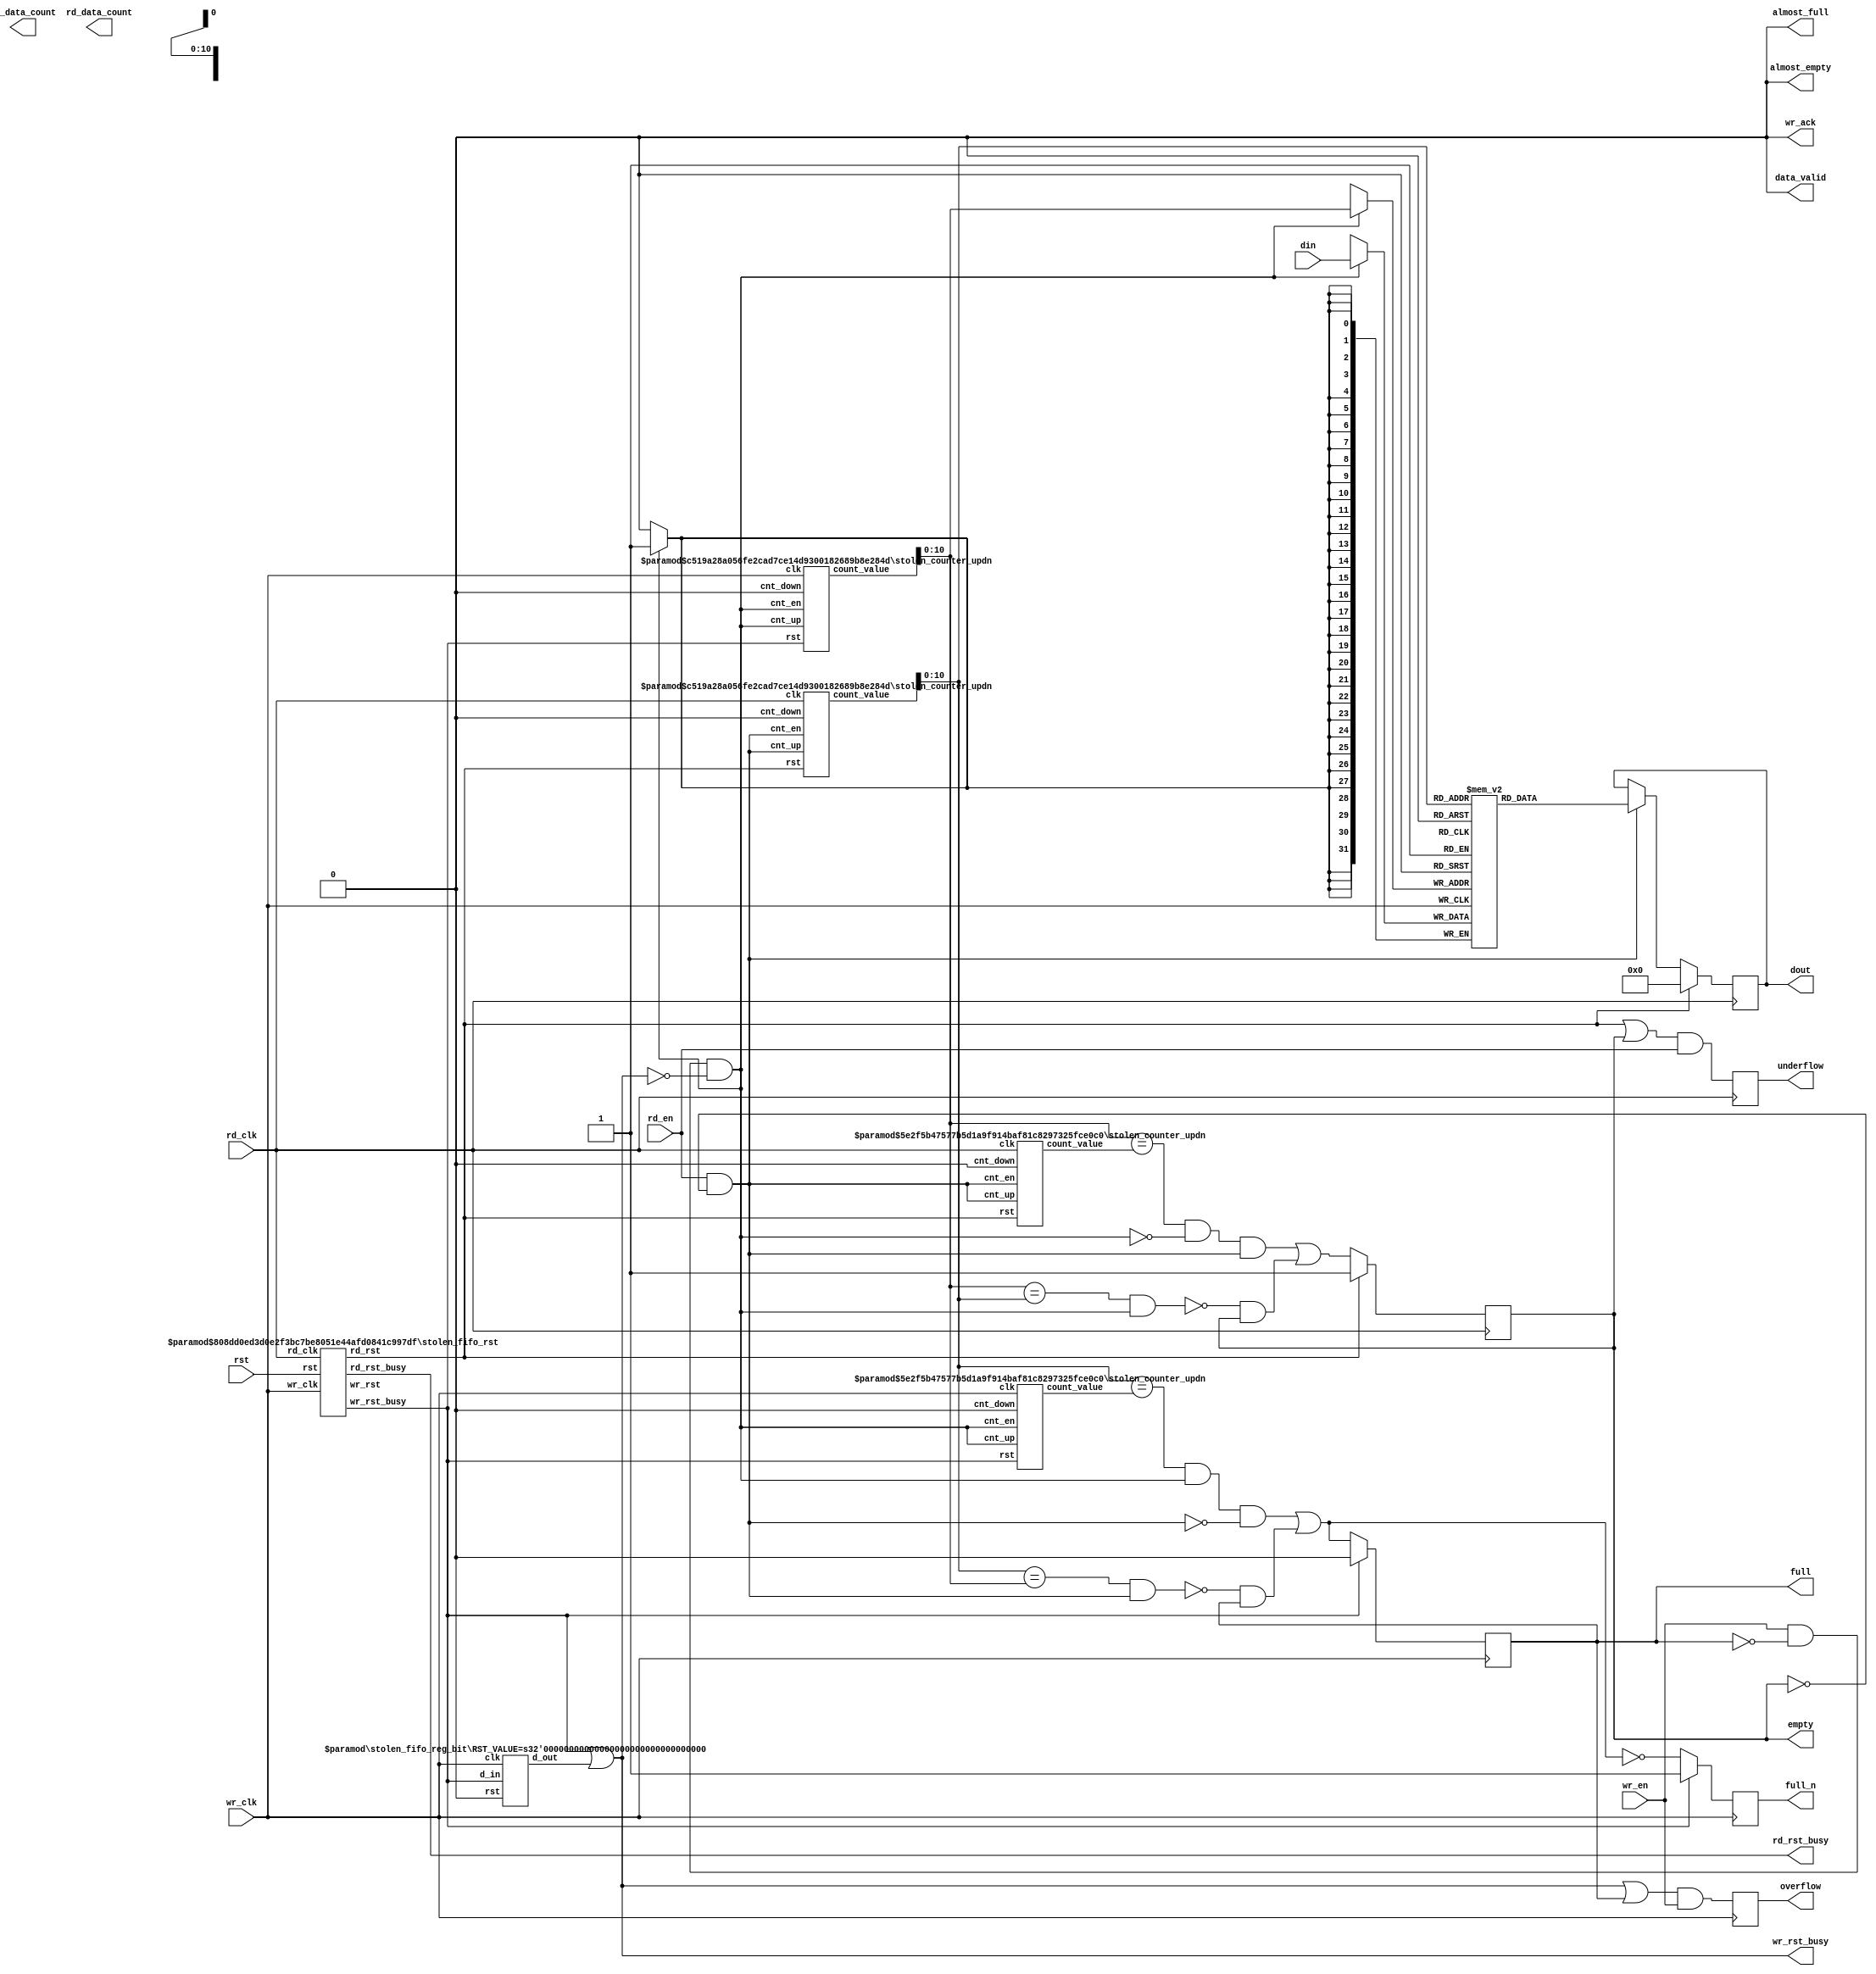
module stolen_fifo_base # (

  // Common module parameters
  parameter integer                 COMMON_CLOCK         = 1,
  parameter integer                 RELATED_CLOCKS       = 0,
  parameter integer                 FIFO_MEMORY_TYPE     = 0,
  parameter integer                 SIM_ASSERT_CHK       = 0,
  parameter integer                 CASCADE_HEIGHT       = 0,

  parameter integer                 FIFO_WRITE_DEPTH     = 2048,
  parameter integer                 WRITE_DATA_WIDTH     = 32,
  parameter integer                 WR_DATA_COUNT_WIDTH  = 12,
  parameter [15:0]                  USE_ADV_FEATURES     = 16'h0707,

  parameter                         READ_MODE            = 0,
  parameter                         FIFO_READ_LATENCY    = 1,
  parameter integer                 READ_DATA_WIDTH      = WRITE_DATA_WIDTH,
  parameter integer                 RD_DATA_COUNT_WIDTH  = 12,
  parameter integer                 CDC_DEST_SYNC_FF     = 2,
  parameter integer                 FULL_RESET_VALUE     = 0,
  parameter integer                 REMOVE_WR_RD_PROT_LOGIC = 0,

  parameter integer                 VERSION              = 1,
  parameter integer                 C_SELECT_XPM         = 1

) (

  // Common module ports
  input  wire                                rst,

  // Write Domain ports
  input  wire                                wr_clk,
  input  wire                                wr_en,
  input  wire [WRITE_DATA_WIDTH-1:0]         din,
  output wire                                full,
  output wire                                full_n,
  output wire [WR_DATA_COUNT_WIDTH-1:0]      wr_data_count,
  output wire                                overflow,
  output wire                                wr_rst_busy,
  output wire                                almost_full,
  output wire                                wr_ack,

  // Read Domain ports
  input  wire                                rd_clk,
  input  wire                                rd_en,
  output wire [READ_DATA_WIDTH-1:0]          dout,
  output wire                                empty,
  output wire [RD_DATA_COUNT_WIDTH-1:0]      rd_data_count,
  output wire                                underflow,
  output wire                                rd_rst_busy,
  output wire                                almost_empty,
  output wire                                data_valid

);

  localparam invalid             = 0;
  localparam stage1_valid        = 2;
  localparam stage2_valid        = 1;
  localparam both_stages_valid   = 3;

  reg  [1:0] curr_fwft_state;
  reg  [1:0] next_fwft_state;// = invalid;



  localparam FIFO_MEM_TYPE   = FIFO_MEMORY_TYPE;
  localparam RD_MODE         = READ_MODE;
  localparam FIFO_READ_DEPTH = FIFO_WRITE_DEPTH*WRITE_DATA_WIDTH/READ_DATA_WIDTH;
  localparam FIFO_SIZE       = FIFO_WRITE_DEPTH*WRITE_DATA_WIDTH;
  localparam WR_PNTR_WIDTH   = $clog2(FIFO_WRITE_DEPTH);
  localparam RD_PNTR_WIDTH   = $clog2(FIFO_READ_DEPTH);
  localparam FULL_RST_VAL    = FULL_RESET_VALUE == 0 ? 1'b0 : 1'b1;
  localparam WR_RD_RATIO     = (WR_PNTR_WIDTH > RD_PNTR_WIDTH) ? (WR_PNTR_WIDTH-RD_PNTR_WIDTH) : 0;
  localparam READ_MODE_LL    = (READ_MODE == 0) ? 0 : 1;

  localparam RD_LATENCY      = (READ_MODE == 2) ? 1 : (READ_MODE == 1) ? 2 : FIFO_READ_LATENCY;
  localparam WIDTH_RATIO     = (READ_DATA_WIDTH > WRITE_DATA_WIDTH) ? (READ_DATA_WIDTH/WRITE_DATA_WIDTH) : (WRITE_DATA_WIDTH/READ_DATA_WIDTH);

  localparam [15:0] EN_ADV_FEATURE = USE_ADV_FEATURES;

  localparam EN_OF           = EN_ADV_FEATURE[0];  //EN_ADV_FLAGS_WR[0] ? 1 : 0;
  localparam EN_WDC          = EN_ADV_FEATURE[2];  //EN_ADV_FLAGS_WR[2] ? 1 : 0;
  localparam EN_AF           = EN_ADV_FEATURE[3];  //EN_ADV_FLAGS_WR[3] ? 1 : 0;
  localparam EN_WACK         = EN_ADV_FEATURE[4];  //EN_ADV_FLAGS_WR[4] ? 1 : 0;
  localparam FG_EQ_ASYM_DOUT = EN_ADV_FEATURE[5];  //EN_ADV_FLAGS_WR[5] ? 1 : 0;
  localparam EN_UF           = EN_ADV_FEATURE[8];  //EN_ADV_FLAGS_RD[0] ? 1 : 0;
  localparam EN_RDC          = EN_ADV_FEATURE[10]; //EN_ADV_FLAGS_RD[2] ? 1 : 0;
  localparam EN_AE           = EN_ADV_FEATURE[11]; //EN_ADV_FLAGS_RD[3] ? 1 : 0;
  localparam EN_DVLD         = EN_ADV_FEATURE[12]; //EN_ADV_FLAGS_RD[4] ? 1 : 0;

  wire                       wrst_busy;
  wire [WR_PNTR_WIDTH-1:0]   wr_pntr;
  wire [WR_PNTR_WIDTH:0]     wr_pntr_ext;
  wire [WR_PNTR_WIDTH-1:0]   wr_pntr_rd_cdc;
  wire [WR_PNTR_WIDTH:0]     wr_pntr_rd_cdc_dc;
  wire [WR_PNTR_WIDTH-1:0]   wr_pntr_rd;
  wire [WR_PNTR_WIDTH:0]     wr_pntr_rd_dc;
  wire [WR_PNTR_WIDTH-1:0]   rd_pntr_wr_adj;
  wire [WR_PNTR_WIDTH:0]     rd_pntr_wr_adj_dc;
  wire [WR_PNTR_WIDTH-1:0]   wr_pntr_plus1;
  wire [WR_PNTR_WIDTH-1:0]   wr_pntr_plus2;
  wire [WR_PNTR_WIDTH-1:0]   wr_pntr_plus3;
  wire [WR_PNTR_WIDTH:0]     wr_pntr_plus1_pf;
  wire [WR_PNTR_WIDTH:0]     rd_pntr_wr_adj_inv_pf;
  reg  [WR_PNTR_WIDTH:0]     diff_pntr_pf_q;
  wire [WR_PNTR_WIDTH-1:0]   diff_pntr_pf;
  wire [RD_PNTR_WIDTH-1:0]   rd_pntr;
  wire [RD_PNTR_WIDTH:0]     rd_pntr_ext;
  wire [RD_PNTR_WIDTH-1:0]   rd_pntr_wr_cdc;
  wire [RD_PNTR_WIDTH-1:0]   rd_pntr_wr;
  wire [RD_PNTR_WIDTH:0]     rd_pntr_wr_cdc_dc;
  wire [RD_PNTR_WIDTH:0]     rd_pntr_wr_dc;
  wire [RD_PNTR_WIDTH-1:0]   wr_pntr_rd_adj;
  wire [RD_PNTR_WIDTH:0]     wr_pntr_rd_adj_dc;
  wire [RD_PNTR_WIDTH-1:0]   rd_pntr_plus1;
  wire [RD_PNTR_WIDTH-1:0]   rd_pntr_plus2;
  wire                       invalid_state;
  wire                       valid_fwft;
  wire                       ram_valid_fwft;
  wire                       going_empty;
  wire                       leaving_empty;
  wire                       going_aempty;
  wire                       leaving_aempty;
  reg                        ram_empty_i;
  reg                        ram_aempty_i;
  wire                       empty_i;
  wire                       going_full;
  wire                       leaving_full;
  wire                       going_afull;
  wire                       leaving_afull;
  reg                        prog_full_i;
  reg                        ram_full_i;
  reg                        ram_afull_i;
  reg                        ram_full_n;
  wire                       ram_wr_en_i;
  wire                       ram_rd_en_i;
  reg                        wr_ack_i;
  wire                       rd_en_i;
  reg                        rd_en_fwft;
  wire                       ram_regce;
  wire                       ram_regce_pipe;
  wire [READ_DATA_WIDTH-1:0] dout_i;
  reg                        empty_fwft_i;
  reg                        aempty_fwft_i;
  reg                        empty_fwft_fb;
  reg                        overflow_i;
  reg                        underflow_i;
  reg                        data_valid_fwft;
  reg                        data_valid_std;
  wire                       data_vld_std;
  wire                       wrp_gt_rdp_and_red;
  wire                       wrp_lt_rdp_and_red;
  reg                        ram_wr_en_pf_q;
  reg                        ram_rd_en_pf_q;
  wire                       ram_wr_en_pf;
  wire                       ram_rd_en_pf;
  wire                       wr_pntr_plus1_pf_carry;
  wire                       rd_pntr_wr_adj_pf_carry;
  wire                       write_allow;
  wire                       read_allow;
  wire                       read_only;
  wire                       write_only;
  reg                        write_only_q;
  reg                        read_only_q;
  reg [RD_PNTR_WIDTH-1:0]    diff_pntr_pe_reg1;
  reg [RD_PNTR_WIDTH-1:0]    diff_pntr_pe_reg2;
  reg [RD_PNTR_WIDTH-1:0]    diff_pntr_pe;
  reg                        ram_empty_i_d1;
  wire                       fe_of_empty;

  wire wr_en_i;
  wire wr_rst_i;
  wire rd_rst_i;
  reg  rd_rst_d2;
  wire rst_d1;
  wire rst_d2;
  wire clr_full;
  wire empty_fwft_d1;
  wire leaving_empty_fwft_fe;
  wire leaving_empty_fwft_re;
  wire le_fwft_re;
  wire le_fwft_fe;
  wire [1:0] extra_words_fwft;
  wire le_fwft_re_wr;
  wire le_fwft_fe_wr;

  generate

  stolen_fifo_rst # (COMMON_CLOCK, CDC_DEST_SYNC_FF, SIM_ASSERT_CHK)
    stolen_fifo_rst_inst (rst, wr_clk, rd_clk, wr_rst_i, rd_rst_i, wrst_busy, rd_rst_busy);
  assign wr_rst_busy = wrst_busy | rst_d1;

  stolen_fifo_reg_bit #(0)
    rst_d1_inst (1'b0, wr_clk, wrst_busy, rst_d1);
  stolen_fifo_reg_bit #(0)
    rst_d2_inst (1'b0, wr_clk, rst_d1, rst_d2);

  assign clr_full = ~wrst_busy & rst_d1 & ~rst;
  assign rd_en_i = (RD_MODE == 0) ? rd_en : rd_en_fwft;

  if (REMOVE_WR_RD_PROT_LOGIC == 1) begin
    assign ram_wr_en_i = wr_en;
    assign ram_rd_en_i = rd_en_i;
  end
  else begin
    assign ram_wr_en_i = wr_en & ~ram_full_i & ~(wrst_busy|rst_d1);
    assign ram_rd_en_i = rd_en_i & ~ram_empty_i;
  end

  // Write pointer generation
  stolen_counter_updn # (WR_PNTR_WIDTH+1, 0)
    wrp_inst (wrst_busy, wr_clk, ram_wr_en_i, ram_wr_en_i, 1'b0, wr_pntr_ext);
  assign wr_pntr = wr_pntr_ext[WR_PNTR_WIDTH-1:0];

  stolen_counter_updn # (WR_PNTR_WIDTH, 1)
    wrpp1_inst (wrst_busy, wr_clk, ram_wr_en_i, ram_wr_en_i, 1'b0, wr_pntr_plus1);

  stolen_counter_updn # (WR_PNTR_WIDTH, 2)
    wrpp2_inst (wrst_busy, wr_clk, ram_wr_en_i, ram_wr_en_i, 1'b0, wr_pntr_plus2);

  if (EN_AF == 1) begin
    stolen_counter_updn # (WR_PNTR_WIDTH, 3)
      wrpp3_inst (wrst_busy, wr_clk, ram_wr_en_i, ram_wr_en_i, 1'b0, wr_pntr_plus3);
  end

  // Read pointer generation
  stolen_counter_updn # (RD_PNTR_WIDTH+1, 0)
    rdp_inst (rd_rst_i, rd_clk, ram_rd_en_i, ram_rd_en_i, 1'b0, rd_pntr_ext);
  assign rd_pntr = rd_pntr_ext[RD_PNTR_WIDTH-1:0];

  stolen_counter_updn # (RD_PNTR_WIDTH, 1)
    rdpp1_inst (rd_rst_i, rd_clk, ram_rd_en_i, ram_rd_en_i, 1'b0, rd_pntr_plus1);

  if (EN_AE == 1) begin
    stolen_counter_updn # (RD_PNTR_WIDTH, 2)
      rdpp2_inst (rd_rst_i, rd_clk, ram_rd_en_i, ram_rd_en_i, 1'b0, rd_pntr_plus2);
  end

  assign full        = ram_full_i;
  assign full_n      = ram_full_n;
  assign almost_full = EN_AF == 1 ? ram_afull_i : 1'b0;
  assign wr_ack      = EN_WACK == 1 ? wr_ack_i : 1'b0;
  if (EN_WACK == 1) begin
    always @ (posedge wr_clk) begin
      if (rst | wr_rst_i | wrst_busy)
        wr_ack_i  <= 1'b0;
      else
        wr_ack_i  <= ram_wr_en_i;
    end
  end
  
  assign empty_i = (RD_MODE == 0)? ram_empty_i : empty_fwft_i;
  assign empty   = empty_i;
  assign almost_empty = EN_AE == 1 ? (RD_MODE == 0) ? ram_aempty_i : aempty_fwft_i : 1'b0;
  
  assign data_valid   = EN_DVLD == 1 ? (RD_MODE == 0) ? data_valid_std : data_valid_fwft : 1'b0;
  if (EN_DVLD == 1) begin
    assign data_vld_std = (RD_MODE == 0) ? (FIFO_READ_LATENCY == 1) ? ram_rd_en_i: ram_regce_pipe : ram_regce;
    always @ (posedge rd_clk) begin
      if (rd_rst_i)
        data_valid_std  <= 1'b0;
      else
        data_valid_std  <= data_vld_std;
    end
  end

  // Simple dual port RAM instantiation for non-Built-in FIFO
  if (FIFO_MEMORY_TYPE < 4) begin

  // Reset is not supported when ECC is enabled by the BRAM/URAM primitives
    wire rst_int;
    assign rst_int = rd_rst_i;
  // ----------------------------------------------------------------------
  // Base module instantiation with simple dual port RAM configuration
  // ----------------------------------------------------------------------
  localparam USE_DRAM_CONSTRAINT = (COMMON_CLOCK == 0 && FIFO_MEMORY_TYPE == 1) ? 1 : 0;
  localparam WR_MODE_B           = (FIFO_MEMORY_TYPE == 1 || FIFO_MEMORY_TYPE == 3) ? 1 : 2;
  
      reg [READ_DATA_WIDTH-1:0] stolen_fifo_mem [0:FIFO_WRITE_DEPTH-1];
      
      always @(posedge wr_clk) begin
          if (ram_wr_en_i)
            stolen_fifo_mem[wr_pntr] <= din;
      end

      reg [READ_DATA_WIDTH-1:0] rd_tmp_reg;
      always @(posedge rd_clk) begin
          if (rd_rst_i)
            rd_tmp_reg <= {READ_DATA_WIDTH{1'b0}};
          else if (ram_rd_en_i)
            rd_tmp_reg <= stolen_fifo_mem[rd_pntr];
      end

      assign dout_i = rd_tmp_reg;
  end

  if (WR_PNTR_WIDTH == RD_PNTR_WIDTH) begin
    assign wr_pntr_rd_adj    = wr_pntr_rd[WR_PNTR_WIDTH-1:WR_PNTR_WIDTH-RD_PNTR_WIDTH];
    assign wr_pntr_rd_adj_dc = wr_pntr_rd_dc[WR_PNTR_WIDTH:WR_PNTR_WIDTH-RD_PNTR_WIDTH];
    assign rd_pntr_wr_adj    = rd_pntr_wr[RD_PNTR_WIDTH-1:RD_PNTR_WIDTH-WR_PNTR_WIDTH];
    assign rd_pntr_wr_adj_dc = rd_pntr_wr_dc[RD_PNTR_WIDTH:RD_PNTR_WIDTH-WR_PNTR_WIDTH];
  end

  if (WR_PNTR_WIDTH > RD_PNTR_WIDTH) begin
    assign wr_pntr_rd_adj = wr_pntr_rd[WR_PNTR_WIDTH-1:WR_PNTR_WIDTH-RD_PNTR_WIDTH];
    assign wr_pntr_rd_adj_dc = wr_pntr_rd_dc[WR_PNTR_WIDTH:WR_PNTR_WIDTH-RD_PNTR_WIDTH];
    assign rd_pntr_wr_adj[WR_PNTR_WIDTH-1:WR_PNTR_WIDTH-RD_PNTR_WIDTH] = rd_pntr_wr;
    assign rd_pntr_wr_adj[WR_PNTR_WIDTH-RD_PNTR_WIDTH-1:0] = {(WR_PNTR_WIDTH-RD_PNTR_WIDTH){1'b0}};
    assign rd_pntr_wr_adj_dc[WR_PNTR_WIDTH:WR_PNTR_WIDTH-RD_PNTR_WIDTH] = rd_pntr_wr_dc;
    assign rd_pntr_wr_adj_dc[WR_PNTR_WIDTH-RD_PNTR_WIDTH-1:0] = {(WR_PNTR_WIDTH-RD_PNTR_WIDTH){1'b0}};
  end

  if (WR_PNTR_WIDTH < RD_PNTR_WIDTH) begin
    assign wr_pntr_rd_adj[RD_PNTR_WIDTH-1:RD_PNTR_WIDTH-WR_PNTR_WIDTH] = wr_pntr_rd;
    assign wr_pntr_rd_adj[RD_PNTR_WIDTH-WR_PNTR_WIDTH-1:0] = {(RD_PNTR_WIDTH-WR_PNTR_WIDTH){1'b0}};
    assign wr_pntr_rd_adj_dc[RD_PNTR_WIDTH:RD_PNTR_WIDTH-WR_PNTR_WIDTH] = wr_pntr_rd_dc;
    assign wr_pntr_rd_adj_dc[RD_PNTR_WIDTH-WR_PNTR_WIDTH-1:0] = {(RD_PNTR_WIDTH-WR_PNTR_WIDTH){1'b0}};
    assign rd_pntr_wr_adj = rd_pntr_wr[RD_PNTR_WIDTH-1:RD_PNTR_WIDTH-WR_PNTR_WIDTH];
    assign rd_pntr_wr_adj_dc = rd_pntr_wr_dc[RD_PNTR_WIDTH:RD_PNTR_WIDTH-WR_PNTR_WIDTH];
  end

  if (COMMON_CLOCK == 0 && RELATED_CLOCKS == 0) begin
    // Synchronize the write pointer in rd_clk domain
    stolen_cdc_gray #(
      .DEST_SYNC_FF          (CDC_DEST_SYNC_FF),
      .INIT_SYNC_FF          (1),
      .WIDTH                 (WR_PNTR_WIDTH))
      
      wr_pntr_cdc_inst (
        .src_clk             (wr_clk),
        .src_in_bin          (wr_pntr),
        .dest_clk            (rd_clk),
        .dest_out_bin        (wr_pntr_rd_cdc));

    // Register the output of XPM_CDC_GRAY on read side
    stolen_fifo_reg_vec #(WR_PNTR_WIDTH)
      wpr_gray_reg (rd_rst_i, rd_clk, wr_pntr_rd_cdc, wr_pntr_rd);

    // Synchronize the extended write pointer in rd_clk domain
    stolen_cdc_gray #(
      .DEST_SYNC_FF          (READ_MODE == 0 ? CDC_DEST_SYNC_FF : CDC_DEST_SYNC_FF+2),
      .INIT_SYNC_FF          (1),
      .WIDTH                 (WR_PNTR_WIDTH+1))
      wr_pntr_cdc_dc_inst (
        .src_clk             (wr_clk),
        .src_in_bin          (wr_pntr_ext),
        .dest_clk            (rd_clk),
        .dest_out_bin        (wr_pntr_rd_cdc_dc));

    // Register the output of XPM_CDC_GRAY on read side
    stolen_fifo_reg_vec #(WR_PNTR_WIDTH+1)
      wpr_gray_reg_dc (rd_rst_i, rd_clk, wr_pntr_rd_cdc_dc, wr_pntr_rd_dc);

    // Synchronize the read pointer in wr_clk domain
    stolen_cdc_gray #(
      .DEST_SYNC_FF          (CDC_DEST_SYNC_FF),
      .INIT_SYNC_FF          (1),
      .WIDTH                 (RD_PNTR_WIDTH))
      rd_pntr_cdc_inst (
        .src_clk             (rd_clk),
        .src_in_bin          (rd_pntr),
        .dest_clk            (wr_clk),
        .dest_out_bin        (rd_pntr_wr_cdc));

    // Register the output of XPM_CDC_GRAY on write side
    stolen_fifo_reg_vec #(RD_PNTR_WIDTH)
      rpw_gray_reg (wrst_busy, wr_clk, rd_pntr_wr_cdc, rd_pntr_wr);

    // Synchronize the read pointer, subtracted by the extra word read for FWFT, in wr_clk domain
    stolen_cdc_gray #(
      .DEST_SYNC_FF          (CDC_DEST_SYNC_FF),
      .INIT_SYNC_FF          (1),
      .WIDTH                 (RD_PNTR_WIDTH+1))
      rd_pntr_cdc_dc_inst (
        .src_clk             (rd_clk),
        .src_in_bin          (rd_pntr_ext-extra_words_fwft),
        .dest_clk            (wr_clk),
        .dest_out_bin        (rd_pntr_wr_cdc_dc));

    // Register the output of XPM_CDC_GRAY on write side
    stolen_fifo_reg_vec #(RD_PNTR_WIDTH+1)
      rpw_gray_reg_dc (wrst_busy, wr_clk, rd_pntr_wr_cdc_dc, rd_pntr_wr_dc);

  end

  if (RELATED_CLOCKS == 1) begin
    stolen_fifo_reg_vec #(RD_PNTR_WIDTH)
      rpw_rc_reg (wrst_busy, wr_clk, rd_pntr, rd_pntr_wr);

    stolen_fifo_reg_vec #(WR_PNTR_WIDTH)
      wpr_rc_reg (rd_rst_i, rd_clk, wr_pntr, wr_pntr_rd);

    stolen_fifo_reg_vec #(WR_PNTR_WIDTH+1)
      wpr_rc_reg_dc (rd_rst_i, rd_clk, wr_pntr_ext, wr_pntr_rd_dc);

    stolen_fifo_reg_vec #(RD_PNTR_WIDTH+1)
      rpw_rc_reg_dc (wrst_busy, wr_clk, (rd_pntr_ext-extra_words_fwft), rd_pntr_wr_dc);
  end

  if (COMMON_CLOCK == 0 || RELATED_CLOCKS == 1) begin
  
    assign going_empty     = ((wr_pntr_rd_adj == rd_pntr_plus1) & ram_rd_en_i);
    assign leaving_empty   = ((wr_pntr_rd_adj == rd_pntr));
    assign going_aempty    = ((wr_pntr_rd_adj == rd_pntr_plus2) & ram_rd_en_i);
    assign leaving_aempty  = ((wr_pntr_rd_adj == rd_pntr_plus1));
  
    assign going_full      = ((rd_pntr_wr_adj == wr_pntr_plus2) & ram_wr_en_i);
    assign leaving_full    = ((rd_pntr_wr_adj == wr_pntr_plus1));
    assign going_afull     = ((rd_pntr_wr_adj == wr_pntr_plus3) & ram_wr_en_i);
    assign leaving_afull   = ((rd_pntr_wr_adj == wr_pntr_plus2));
  
    // Empty flag generation
    always @ (posedge rd_clk) begin
      if (rd_rst_i) begin
         ram_empty_i  <= 1'b1;
      end else begin
         ram_empty_i  <= going_empty | leaving_empty;
      end
    end

    if (EN_AE == 1) begin
      always @ (posedge rd_clk) begin
        if (rd_rst_i) begin
          ram_aempty_i <= 1'b1;
        end else if (~ram_empty_i) begin
          ram_aempty_i <= going_aempty | leaving_aempty;
        end
      end
    end
  
    // Full flag generation
    if (FULL_RST_VAL == 1) begin
      always @ (posedge wr_clk) begin
	if (wrst_busy) begin
          ram_full_i      <= FULL_RST_VAL;
          ram_full_n      <= ~FULL_RST_VAL;
        end else begin
	  if (clr_full) begin
            ram_full_i    <= 1'b0;
            ram_full_n    <= 1'b1;
	  end else begin
            ram_full_i    <= going_full | leaving_full;
            ram_full_n    <= ~(going_full | leaving_full);
          end
        end
      end
    end
    else begin
      always @ (posedge wr_clk) begin
	if (wrst_busy) begin
          ram_full_i   <= 1'b0;
          ram_full_n   <= 1'b1;
	end else begin
          ram_full_i   <= going_full | leaving_full;
          ram_full_n   <= ~(going_full | leaving_full);
	end
      end
    end

    if (EN_AF == 1) begin
      always @ (posedge wr_clk) begin
	if (wrst_busy) begin
          ram_afull_i  <= FULL_RST_VAL;
        end else if (~rst) begin
	  if (clr_full) begin
            ram_afull_i  <= 1'b0;
	  end else if (~ram_full_i) begin
            ram_afull_i  <= going_afull | leaving_afull;
          end
        end
      end
    end

  end

  if (COMMON_CLOCK == 1 && RELATED_CLOCKS == 0) begin
    assign wr_pntr_rd = wr_pntr;
    assign rd_pntr_wr = rd_pntr;
    assign wr_pntr_rd_dc = wr_pntr_ext;
    assign rd_pntr_wr_dc = rd_pntr_ext-extra_words_fwft;
    assign write_allow  = ram_wr_en_i & ~ram_full_i;
    assign read_allow   = ram_rd_en_i & ~empty_i;

    if (WR_PNTR_WIDTH == RD_PNTR_WIDTH) begin
      assign ram_wr_en_pf  = ram_wr_en_i;
      assign ram_rd_en_pf  = ram_rd_en_i;
  
      assign going_empty    = ((wr_pntr_rd_adj == rd_pntr_plus1) & ~ram_wr_en_i & ram_rd_en_i);
      assign leaving_empty  = ((wr_pntr_rd_adj == rd_pntr) & ram_wr_en_i);
      assign going_aempty   = ((wr_pntr_rd_adj == rd_pntr_plus2) & ~ram_wr_en_i & ram_rd_en_i);
      assign leaving_aempty = ((wr_pntr_rd_adj == rd_pntr_plus1) & ram_wr_en_i & ~ram_rd_en_i);
  
      assign going_full     = ((rd_pntr_wr_adj == wr_pntr_plus1) & ram_wr_en_i & ~ram_rd_en_i);
      assign leaving_full   = ((rd_pntr_wr_adj == wr_pntr) & ram_rd_en_i);
      assign going_afull    = ((rd_pntr_wr_adj == wr_pntr_plus2) & ram_wr_en_i & ~ram_rd_en_i);
      assign leaving_afull  = ((rd_pntr_wr_adj == wr_pntr_plus1) & ram_rd_en_i & ~ram_wr_en_i);

      assign write_only    = write_allow & ~read_allow;
      assign read_only     = read_allow & ~write_allow;

    end
  
    if (WR_PNTR_WIDTH > RD_PNTR_WIDTH) begin
      assign wrp_gt_rdp_and_red = &wr_pntr_rd[WR_PNTR_WIDTH-RD_PNTR_WIDTH-1:0];
  
      assign going_empty    = ((wr_pntr_rd_adj == rd_pntr_plus1) & ~(ram_wr_en_i & wrp_gt_rdp_and_red) & ram_rd_en_i);
      assign leaving_empty  = ((wr_pntr_rd_adj == rd_pntr) & (ram_wr_en_i & wrp_gt_rdp_and_red));
      assign going_aempty   = ((wr_pntr_rd_adj == rd_pntr_plus2) & ~(ram_wr_en_i & wrp_gt_rdp_and_red) & ram_rd_en_i);
      assign leaving_aempty = ((wr_pntr_rd_adj == rd_pntr_plus1) & (ram_wr_en_i & wrp_gt_rdp_and_red) & ~ram_rd_en_i);
  
      assign going_full     = ((rd_pntr_wr_adj == wr_pntr_plus1) & ram_wr_en_i & ~ram_rd_en_i);
      assign leaving_full   = ((rd_pntr_wr_adj == wr_pntr) & ram_rd_en_i);
      assign going_afull    = ((rd_pntr_wr_adj == wr_pntr_plus2) & ram_wr_en_i & ~ram_rd_en_i);
      assign leaving_afull  = (((rd_pntr_wr_adj == wr_pntr) | (rd_pntr_wr_adj == wr_pntr_plus1) | (rd_pntr_wr_adj == wr_pntr_plus2)) & ram_rd_en_i);
  
      assign ram_wr_en_pf  = ram_wr_en_i & wrp_gt_rdp_and_red;
      assign ram_rd_en_pf  = ram_rd_en_i;

      assign read_only     = read_allow & (~(write_allow  & (&wr_pntr[WR_PNTR_WIDTH-RD_PNTR_WIDTH-1 : 0])));
      assign write_only    = write_allow & (&wr_pntr[WR_PNTR_WIDTH-RD_PNTR_WIDTH-1 : 0]) & ~read_allow;


    end
  
    if (WR_PNTR_WIDTH < RD_PNTR_WIDTH) begin
      assign wrp_lt_rdp_and_red = &rd_pntr_wr[RD_PNTR_WIDTH-WR_PNTR_WIDTH-1:0];
  
      assign going_empty     = ((wr_pntr_rd_adj == rd_pntr_plus1) & ~ram_wr_en_i & ram_rd_en_i);
      assign leaving_empty   = ((wr_pntr_rd_adj == rd_pntr) & ram_wr_en_i);
      assign going_aempty    = ((wr_pntr_rd_adj == rd_pntr_plus2) & ~ram_wr_en_i & ram_rd_en_i);
      assign leaving_aempty  = (((wr_pntr_rd_adj == rd_pntr) | (wr_pntr_rd_adj == rd_pntr_plus1) | (wr_pntr_rd_adj == rd_pntr_plus2)) & ram_wr_en_i);
  
      assign going_full      = ((rd_pntr_wr_adj == wr_pntr_plus1) & ~(ram_rd_en_i & wrp_lt_rdp_and_red) & ram_wr_en_i);
      assign leaving_full    = ((rd_pntr_wr_adj == wr_pntr) & (ram_rd_en_i & wrp_lt_rdp_and_red));
      assign going_afull     = ((rd_pntr_wr_adj == wr_pntr_plus2) & ~(ram_rd_en_i & wrp_lt_rdp_and_red) & ram_wr_en_i);
      assign leaving_afull   = ((rd_pntr_wr_adj == wr_pntr_plus1) & ~ram_wr_en_i & (ram_rd_en_i & wrp_lt_rdp_and_red));
  
      assign ram_wr_en_pf = ram_wr_en_i;
      assign ram_rd_en_pf = ram_rd_en_i & wrp_lt_rdp_and_red;

      assign read_only   = read_allow & (&rd_pntr[RD_PNTR_WIDTH-WR_PNTR_WIDTH-1 : 0]) & ~write_allow;
      assign write_only    = write_allow    & (~(read_allow & (&rd_pntr[RD_PNTR_WIDTH-WR_PNTR_WIDTH-1 : 0])));
    end
  
    // Empty flag generation
    always @ (posedge rd_clk) begin
      if (rd_rst_i) begin
         ram_empty_i  <= 1'b1;
      end else begin
         ram_empty_i  <= going_empty | (~leaving_empty & ram_empty_i);
      end
    end

    if (EN_AE == 1) begin
      always @ (posedge rd_clk) begin
        if (rd_rst_i) begin
          ram_aempty_i <= 1'b1;
        end else begin
          ram_aempty_i <= going_aempty | (~leaving_aempty & ram_aempty_i);
        end
      end
    end

    // Full flag generation
    if (FULL_RST_VAL == 1) begin
      always @ (posedge wr_clk) begin
	if (wrst_busy) begin
          ram_full_i   <= FULL_RST_VAL;
          ram_full_n   <= ~FULL_RST_VAL;
        end else begin
	  if (clr_full) begin
            ram_full_i   <= 1'b0;
            ram_full_n   <= 1'b1;
	  end else begin
            ram_full_i   <= going_full | (~leaving_full & ram_full_i);
            ram_full_n   <= ~(going_full | (~leaving_full & ram_full_i));
          end
        end
      end
    end
    else begin
      always @ (posedge wr_clk) begin
	if (wrst_busy) begin
          ram_full_i   <= 1'b0;
          ram_full_n   <= 1'b1;
	end else begin
          ram_full_i   <= going_full | (~leaving_full & ram_full_i);
          ram_full_n   <= ~(going_full | (~leaving_full & ram_full_i));
	end
      end
    end

    if (EN_AF == 1) begin
      always @ (posedge wr_clk) begin
	if (wrst_busy) begin
          ram_afull_i  <= FULL_RST_VAL;
        end else if (~rst) begin
	  if (clr_full) begin
            ram_afull_i  <= 1'b0;
	  end else begin
            ram_afull_i  <= going_afull | (~leaving_afull & ram_afull_i);
          end
        end
      end
    end
  end

  if (READ_MODE == 0 && FIFO_READ_LATENCY > 1) begin
    stolen_reg_pipe_bit #(FIFO_READ_LATENCY-1, 0)
      regce_pipe_inst (rd_rst_i, rd_clk, ram_rd_en_i, ram_regce_pipe);
  end
  if (!(READ_MODE == 0 && FIFO_READ_LATENCY > 1)) begin
    assign ram_regce_pipe = 1'b0;
  end

  if (!((READ_MODE == 1 || READ_MODE == 2)&& FIFO_MEMORY_TYPE != 4)) begin
   assign invalid_state = 1'b0;
  end
  //if (READ_MODE == 1 && FIFO_MEMORY_TYPE != 4) begin
  if (READ_MODE != 0 && FIFO_MEMORY_TYPE != 4) begin
  // First word fall through logic

   //localparam invalid             = 0;
   //localparam stage1_valid        = 2;
   //localparam stage2_valid        = 1;
   //localparam both_stages_valid   = 3;

   //reg  [1:0] curr_fwft_state = invalid;
   //reg  [1:0] next_fwft_state;// = invalid;
   wire next_fwft_state_d1;
   assign invalid_state = ~|curr_fwft_state;
   assign valid_fwft = next_fwft_state_d1;
   assign ram_valid_fwft = curr_fwft_state[1];

    stolen_fifo_reg_bit #(0)
      next_state_d1_inst (1'b0, rd_clk, next_fwft_state[0], next_fwft_state_d1);
   //FSM : To generate the enable, clock enable for stolen_memory and to generate
   //empty signal
   //FSM : Next state Assignment
     if (READ_MODE == 1) begin
     always @(curr_fwft_state or ram_empty_i or rd_en) begin
       case (curr_fwft_state)
         invalid: begin
           if (~ram_empty_i)
              next_fwft_state     = stage1_valid;
           else
              next_fwft_state     = invalid;
           end
         stage1_valid: begin
           if (ram_empty_i)
              next_fwft_state     = stage2_valid;
           else
              next_fwft_state     = both_stages_valid;
           end
         stage2_valid: begin
           if (ram_empty_i && rd_en)
              next_fwft_state     = invalid;
           else if (~ram_empty_i && rd_en)
              next_fwft_state     = stage1_valid;
           else if (~ram_empty_i && ~rd_en)
              next_fwft_state     = both_stages_valid;
           else
              next_fwft_state     = stage2_valid;
           end
         both_stages_valid: begin
           if (ram_empty_i && rd_en)
              next_fwft_state     = stage2_valid;
           else if (~ram_empty_i && rd_en)
              next_fwft_state     = both_stages_valid;
           else
              next_fwft_state     = both_stages_valid;
           end
         default: next_fwft_state    = invalid;
       endcase
     end
     end
     if (READ_MODE == 2) begin
     always @(curr_fwft_state or ram_empty_i or rd_en) begin
       case (curr_fwft_state)
         invalid: begin
           if (~ram_empty_i)
              next_fwft_state     = stage1_valid;
           else
              next_fwft_state     = invalid;
           end
         stage1_valid: begin
           if (ram_empty_i && rd_en)
              next_fwft_state     = invalid;
           else
              next_fwft_state     = stage1_valid;
           end
         default: next_fwft_state    = invalid;
       endcase
     end
     end
     // FSM : current state assignment
     always @ (posedge rd_clk) begin
       if (rd_rst_i)
          curr_fwft_state  <= invalid;
       else
          curr_fwft_state  <= next_fwft_state;
     end
 
     reg ram_regout_en;

     // FSM(output assignments) : clock enable generation for stolen_memory
     if (READ_MODE == 1) begin
     always @(curr_fwft_state or rd_en) begin
       case (curr_fwft_state)
         invalid:           ram_regout_en = 1'b0;
         stage1_valid:      ram_regout_en = 1'b1;
         stage2_valid:      ram_regout_en = 1'b0;
         both_stages_valid: ram_regout_en = rd_en;
         default:           ram_regout_en = 1'b0;
       endcase
     end
     end
     if (READ_MODE == 2) begin
     always @(curr_fwft_state or rd_en or ram_empty_i or fe_of_empty) begin
       case (curr_fwft_state)
         invalid:           ram_regout_en = fe_of_empty;
         stage1_valid:      ram_regout_en = rd_en & !ram_empty_i;
         default:           ram_regout_en = 1'b0;
       endcase
     end
     end

     // FSM(output assignments) : rd_en (enable) signal generation for stolen_memory
     if (READ_MODE == 1) begin
     always @(curr_fwft_state or ram_empty_i or rd_en) begin
       case (curr_fwft_state)
         invalid :
           if (~ram_empty_i)
             rd_en_fwft = 1'b1;
           else
             rd_en_fwft = 1'b0;
         stage1_valid :
           if (~ram_empty_i)
             rd_en_fwft = 1'b1;
           else
             rd_en_fwft = 1'b0;
         stage2_valid :
           if (~ram_empty_i)
             rd_en_fwft = 1'b1;
           else
             rd_en_fwft = 1'b0;
         both_stages_valid :
           if (~ram_empty_i && rd_en)
             rd_en_fwft = 1'b1;
           else
             rd_en_fwft = 1'b0;
         default :
           rd_en_fwft = 1'b0;
       endcase
     end
     end
     if (READ_MODE == 2) begin
     always @(curr_fwft_state or ram_empty_i or rd_en) begin
       case (curr_fwft_state)
         invalid :
           if (~ram_empty_i)
             rd_en_fwft = 1'b1;
           else
             rd_en_fwft = 1'b0;
         stage1_valid :
           if (~ram_empty_i && rd_en)
             rd_en_fwft = 1'b1;
           else
             rd_en_fwft = 1'b0;
         default :
           rd_en_fwft = 1'b0;
       endcase
     end
     end
     // assingment to control regce stolen_memory
     assign ram_regce = ram_regout_en;

     reg going_empty_fwft;
     reg leaving_empty_fwft;

     if (READ_MODE == 1) begin
     always @(curr_fwft_state or rd_en) begin
       case (curr_fwft_state)
         stage2_valid : going_empty_fwft = rd_en;
         default      : going_empty_fwft = 1'b0;
       endcase
     end

     always @(curr_fwft_state or rd_en) begin
       case (curr_fwft_state)
         stage1_valid : leaving_empty_fwft = 1'b1;
         default      : leaving_empty_fwft = 1'b0;
       endcase
     end
     end
     if (READ_MODE == 2) begin
     always @(curr_fwft_state or rd_en or ram_empty_i) begin
       case (curr_fwft_state)
         stage1_valid : going_empty_fwft = rd_en & ram_empty_i;
         default      : going_empty_fwft = 1'b0;
       endcase
     end

     always @ (posedge rd_clk) begin
       if (rd_rst_i) begin
          ram_empty_i_d1  <= 1'b1;
       end else begin
          ram_empty_i_d1  <= ram_empty_i;
       end
     end
     assign fe_of_empty = ram_empty_i_d1 & !ram_empty_i;

     always @(curr_fwft_state or fe_of_empty) begin
       case (curr_fwft_state)
         invalid      : leaving_empty_fwft = fe_of_empty;
         stage1_valid : leaving_empty_fwft = 1'b1;
         default      : leaving_empty_fwft = 1'b0;
       endcase
     end
     end

     // fwft empty signal generation 
     always @ (posedge rd_clk) begin
       if (rd_rst_i) begin
         empty_fwft_i     <= 1'b1;
         empty_fwft_fb    <= 1'b1;
       end else begin
         empty_fwft_i     <= going_empty_fwft | (~ leaving_empty_fwft & empty_fwft_fb);
         empty_fwft_fb    <= going_empty_fwft | (~ leaving_empty_fwft & empty_fwft_fb);
       end
     end

     if (EN_AE == 1) begin
       reg going_aempty_fwft;
       reg leaving_aempty_fwft;

       if (READ_MODE == 1) begin
         always @(curr_fwft_state or rd_en or ram_empty_i) begin
           case (curr_fwft_state)
             both_stages_valid : going_aempty_fwft = rd_en & ram_empty_i;
             default      : going_aempty_fwft = 1'b0;
           endcase
         end
       end
       if (READ_MODE == 2) begin
         always @(curr_fwft_state or rd_en or ram_empty_i) begin
           case (curr_fwft_state)
             stage1_valid : going_aempty_fwft = !rd_en & ram_empty_i;
             default      : going_aempty_fwft = 1'b0;
           endcase
         end
       end

       always @(curr_fwft_state or rd_en or ram_empty_i) begin
         case (curr_fwft_state)
           stage1_valid : leaving_aempty_fwft = ~ram_empty_i;
           stage2_valid : leaving_aempty_fwft = ~(rd_en | ram_empty_i);
           default      : leaving_aempty_fwft = 1'b0;
         endcase
       end

       always @ (posedge rd_clk) begin
         if (rd_rst_i) begin
           aempty_fwft_i    <= 1'b1;
         end else begin
           aempty_fwft_i    <= going_aempty_fwft | (~ leaving_aempty_fwft & aempty_fwft_i);
         end
       end
     end

     if (EN_DVLD == 1) begin
       always @ (posedge rd_clk) begin
         if (rd_rst_i) begin
           data_valid_fwft  <= 1'b0;
         end else begin
           data_valid_fwft  <= ~(going_empty_fwft | (~ leaving_empty_fwft & empty_fwft_fb));
         end
       end
     end

    stolen_fifo_reg_bit #(0)
      empty_fwft_d1_inst (1'b0, rd_clk, leaving_empty_fwft, empty_fwft_d1);

    wire ge_fwft_d1;
    stolen_fifo_reg_bit #(0)
      ge_fwft_d1_inst (1'b0, rd_clk, going_empty_fwft, ge_fwft_d1);

    wire count_up  ;
    wire count_down;
    wire count_en  ;
    wire count_rst ;
    assign count_up   = (next_fwft_state == 2'b10 && ~|curr_fwft_state) | (curr_fwft_state == 2'b10 && &next_fwft_state) | (curr_fwft_state == 2'b01 && &next_fwft_state);
    assign count_down = (next_fwft_state == 2'b01 && &curr_fwft_state) | (curr_fwft_state == 2'b01 && ~|next_fwft_state);
    assign count_en   = count_up | count_down;
    assign count_rst  = (rd_rst_i | (~|curr_fwft_state & ~|next_fwft_state));

    stolen_counter_updn # (2, 0)
      rdpp1_inst (count_rst, rd_clk, count_en, count_up, count_down, extra_words_fwft);

 
  end

  if (READ_MODE == 0) begin
    assign le_fwft_re       = 1'b0;
    assign le_fwft_fe       = 1'b0;
    assign extra_words_fwft = 2'h0;
  end

  // output data bus assignment
  if (FG_EQ_ASYM_DOUT == 0) begin
    assign dout  = dout_i;
  end

  // Overflow and Underflow flag generation
  if (EN_UF == 1) begin
    always @ (posedge rd_clk) begin
      underflow_i <=  (rd_rst_i | empty_i) & rd_en;
    end
    assign underflow   = underflow_i;
  end
  if (EN_UF == 0) begin
    assign underflow   = 1'b0;
  end

  if (EN_OF == 1) begin
    always @ (posedge wr_clk) begin
     overflow_i  <=  (wrst_busy | rst_d1 | ram_full_i) & wr_en;
    end
    assign overflow    = overflow_i;
  end
  if (EN_OF == 0) begin
    assign overflow    = 1'b0;
  end

  endgenerate
endmodule

module stolen_counter_updn # (
  parameter integer               COUNTER_WIDTH        = 4,
  parameter integer               RESET_VALUE          = 0

) (
  input  wire                     rst,
  input  wire                     clk,
  input  wire                     cnt_en,
  input  wire                     cnt_up,
  input  wire                     cnt_down,
  output wire [COUNTER_WIDTH-1:0] count_value
);
  reg [COUNTER_WIDTH-1:0]          count_value_i;
  assign count_value = count_value_i;
  always @ (posedge clk) begin
    if (rst) begin
      count_value_i  <= RESET_VALUE;
    end else if (cnt_en) begin
      count_value_i  <= count_value_i + cnt_up - cnt_down;
    end
  end
endmodule


module stolen_fifo_rst # (
  parameter integer   COMMON_CLOCK     = 1,
  parameter integer   CDC_DEST_SYNC_FF = 2,
  parameter integer   SIM_ASSERT_CHK = 0

) (
  input  wire         rst,
  input  wire         wr_clk,
  input  wire         rd_clk,
  output wire         wr_rst,
  output wire         rd_rst,
  output wire         wr_rst_busy,
  output wire         rd_rst_busy
);
  reg  [1:0] power_on_rst;
  wire rst_i;

  // -------------------------------------------------------------------------------------------------------------------
  // Reset Logic
  // -------------------------------------------------------------------------------------------------------------------
  //Keeping the power on reset to work even when the input reset(to xpm_fifo) is not applied or not using
   always @ (posedge wr_clk) begin
     power_on_rst <= {power_on_rst[0], 1'b0};
   end
   assign rst_i = power_on_rst[1] | rst;

  // Write and read reset generation for common clock FIFO
   if (COMMON_CLOCK == 1) begin
    reg [2:0] fifo_wr_rst_cc;
    assign wr_rst        = fifo_wr_rst_cc[2];
    assign rd_rst        = fifo_wr_rst_cc[2];
    assign rd_rst_busy   = fifo_wr_rst_cc[2];
    assign wr_rst_busy   = fifo_wr_rst_cc[2];

    always @ (posedge wr_clk) begin
      if (rst_i) begin
        fifo_wr_rst_cc    <= 3'h7;
      end else begin
  	fifo_wr_rst_cc   <= {fifo_wr_rst_cc[1:0],1'b0};
      end
    end
  end

  // Write and read reset generation for independent clock FIFO
  if (COMMON_CLOCK == 0) begin
    wire fifo_wr_rst_rd;
    wire fifo_rd_rst_wr_i;
    reg  fifo_wr_rst_i;
    reg  wr_rst_busy_i;
    reg  fifo_rd_rst_i;
    reg  fifo_rd_rst_ic;
    reg  fifo_wr_rst_ic;
    reg  wr_rst_busy_ic;
    reg  rst_seq_reentered;

    assign wr_rst          = fifo_wr_rst_ic | wr_rst_busy_ic;
    assign rd_rst          = fifo_rd_rst_ic;
    assign rd_rst_busy     = fifo_rd_rst_ic;
    assign wr_rst_busy     = wr_rst_busy_ic;

    localparam WRST_IDLE    = 3'b000;
    localparam WRST_IN      = 3'b010;
    localparam WRST_OUT     = 3'b111;
    localparam WRST_EXIT    = 3'b110;
    localparam WRST_GO2IDLE = 3'b100;
    reg [2:0] curr_wrst_state;
    reg [2:0] next_wrst_state;

    localparam RRST_IDLE = 2'b00;
    localparam RRST_IN   = 2'b10;
    localparam RRST_OUT  = 2'b11;
    localparam RRST_EXIT = 2'b01;
    reg [1:0] curr_rrst_state;
    reg [1:0] next_rrst_state;

   always @ (posedge wr_clk) begin
     if (rst_i) begin
       rst_seq_reentered  <= 1'b0;
     end else begin
       if (curr_wrst_state == WRST_GO2IDLE) begin
	 rst_seq_reentered  <= 1'b1;
       end
     end
   end

   always @* begin
      case (curr_wrst_state)
         WRST_IDLE: begin
            if (rst_i)
               next_wrst_state     <= WRST_IN;
            else
               next_wrst_state     <= WRST_IDLE;
            end
         WRST_IN: begin
            if (rst_i)
               next_wrst_state     <= WRST_IN;
            else if (fifo_rd_rst_wr_i)
               next_wrst_state     <= WRST_OUT;
            else
               next_wrst_state     <= WRST_IN;
            end
         WRST_OUT: begin
            if (rst_i)
               next_wrst_state     <= WRST_IN;
            else if (~fifo_rd_rst_wr_i)
               next_wrst_state     <= WRST_EXIT;
            else
               next_wrst_state     <= WRST_OUT;
            end
         WRST_EXIT: begin
            if (rst_i)
               next_wrst_state     <= WRST_IN;
            else if (~rst & ~rst_seq_reentered)
               next_wrst_state     <= WRST_GO2IDLE;
            else if (rst_seq_reentered)
               next_wrst_state     <= WRST_IDLE;
            else
               next_wrst_state     <= WRST_EXIT;
            end
         WRST_GO2IDLE: begin
	      next_wrst_state     <= WRST_IN;
            end
         default: next_wrst_state  <= WRST_IDLE;
      endcase
   end

   always @ (posedge wr_clk) begin
     curr_wrst_state     <= next_wrst_state;
     fifo_wr_rst_ic      <= fifo_wr_rst_i;
     wr_rst_busy_ic      <= wr_rst_busy_i;
   end

   always @* begin
      case (curr_wrst_state)
         WRST_IDLE     : fifo_wr_rst_i = rst_i;
         WRST_IN       : fifo_wr_rst_i = 1'b1;
         WRST_OUT      : fifo_wr_rst_i = 1'b0;
         WRST_EXIT     : fifo_wr_rst_i = 1'b0;
         WRST_GO2IDLE  : fifo_wr_rst_i = 1'b1;
         default:   fifo_wr_rst_i = fifo_wr_rst_ic;
      endcase
   end

   always @* begin
      case (curr_wrst_state)
         WRST_IDLE: wr_rst_busy_i = rst_i;
         WRST_IN  : wr_rst_busy_i = 1'b1;
         WRST_OUT : wr_rst_busy_i = 1'b1;
         WRST_EXIT: wr_rst_busy_i = 1'b1;
         default:   wr_rst_busy_i = wr_rst_busy_ic;
      endcase
   end

    always @* begin
      case (curr_rrst_state)
         RRST_IDLE: begin
            if (fifo_wr_rst_rd)
               next_rrst_state      <= RRST_IN;
            else
               next_rrst_state      <= RRST_IDLE;
            end
         RRST_IN  : next_rrst_state <= RRST_OUT;
         RRST_OUT : begin
            if (~fifo_wr_rst_rd)
               next_rrst_state      <= RRST_EXIT;
            else
               next_rrst_state      <= RRST_OUT;
            end
         RRST_EXIT: next_rrst_state <= RRST_IDLE;
         default: next_rrst_state   <= RRST_IDLE;
      endcase
   end

   always @ (posedge rd_clk) begin
     curr_rrst_state  <= next_rrst_state;
     fifo_rd_rst_ic   <= fifo_rd_rst_i;
   end

   always @* begin
      case (curr_rrst_state)
         RRST_IDLE: fifo_rd_rst_i <= fifo_wr_rst_rd;
         RRST_IN  : fifo_rd_rst_i <= 1'b1;
         RRST_OUT : fifo_rd_rst_i <= 1'b1;
         RRST_EXIT: fifo_rd_rst_i <= 1'b0;
         default:   fifo_rd_rst_i <= 1'b0;
      endcase
   end

    // Synchronize the wr_rst (fifo_wr_rst_ic) in read clock domain
    stolen_cdc_sync_rst #(
      .DEST_SYNC_FF      (CDC_DEST_SYNC_FF)
      ) wrst_rd_inst (
        .src_rst         (fifo_wr_rst_ic),
        .dest_clk        (rd_clk),
        .dest_rst        (fifo_wr_rst_rd));

    // Synchronize the rd_rst (fifo_rd_rst_ic) in write clock domain
    stolen_cdc_sync_rst #(
      .DEST_SYNC_FF      (CDC_DEST_SYNC_FF)
    ) rrst_wr_inst (
        .src_rst         (fifo_rd_rst_ic),
        .dest_clk        (wr_clk),
        .dest_rst        (fifo_rd_rst_wr_i));
  end
endmodule

module stolen_fifo_reg_bit # (
  parameter integer           RST_VALUE        = 0

) (
  input  wire  rst,
  input  wire  clk,
  input  wire  d_in,
  output reg   d_out = RST_VALUE
);
  always @ (posedge clk) begin
    if (rst)
      d_out  <= RST_VALUE;
    else
      d_out  <= d_in;
  end
endmodule

module stolen_reg_pipe_bit # (
  parameter integer           PIPE_STAGES      = 1,
  parameter integer           RST_VALUE        = 0

) (
  input  wire  rst,
  input  wire  clk,
  input  wire  pipe_in,
  output wire  pipe_out
);
  wire pipe_stage_ff [PIPE_STAGES:0];

  genvar pipestage;
  assign pipe_stage_ff[0] = pipe_in;

    for (pipestage = 0; pipestage < PIPE_STAGES ;pipestage = pipestage + 1) begin
      stolen_fifo_reg_bit #(RST_VALUE)
        pipe_bit_inst (rst, clk, pipe_stage_ff[pipestage], pipe_stage_ff[pipestage+1]);
    end

  assign pipe_out = pipe_stage_ff[PIPE_STAGES];
endmodule

module stolen_fifo_reg_vec # (
  parameter integer           REG_WIDTH        = 4

) (
  input  wire                 rst,
  input  wire                 clk,
  input  wire [REG_WIDTH-1:0] reg_in,
  output wire  [REG_WIDTH-1:0] reg_out
);
  reg [REG_WIDTH-1:0] reg_out_i;
  always @ (posedge clk) begin
    if (rst)
      reg_out_i  <= {REG_WIDTH{1'b0}};
    else
      reg_out_i  <= reg_in;
  end
  assign reg_out = reg_out_i;
endmodule